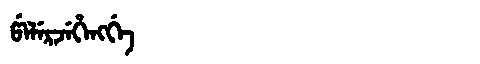
Manchu: ᡦᡝᠯᡝᡵᠵᡝᡥᡝᠩᡤᡝ
Romanization: PELERJEHENGGE